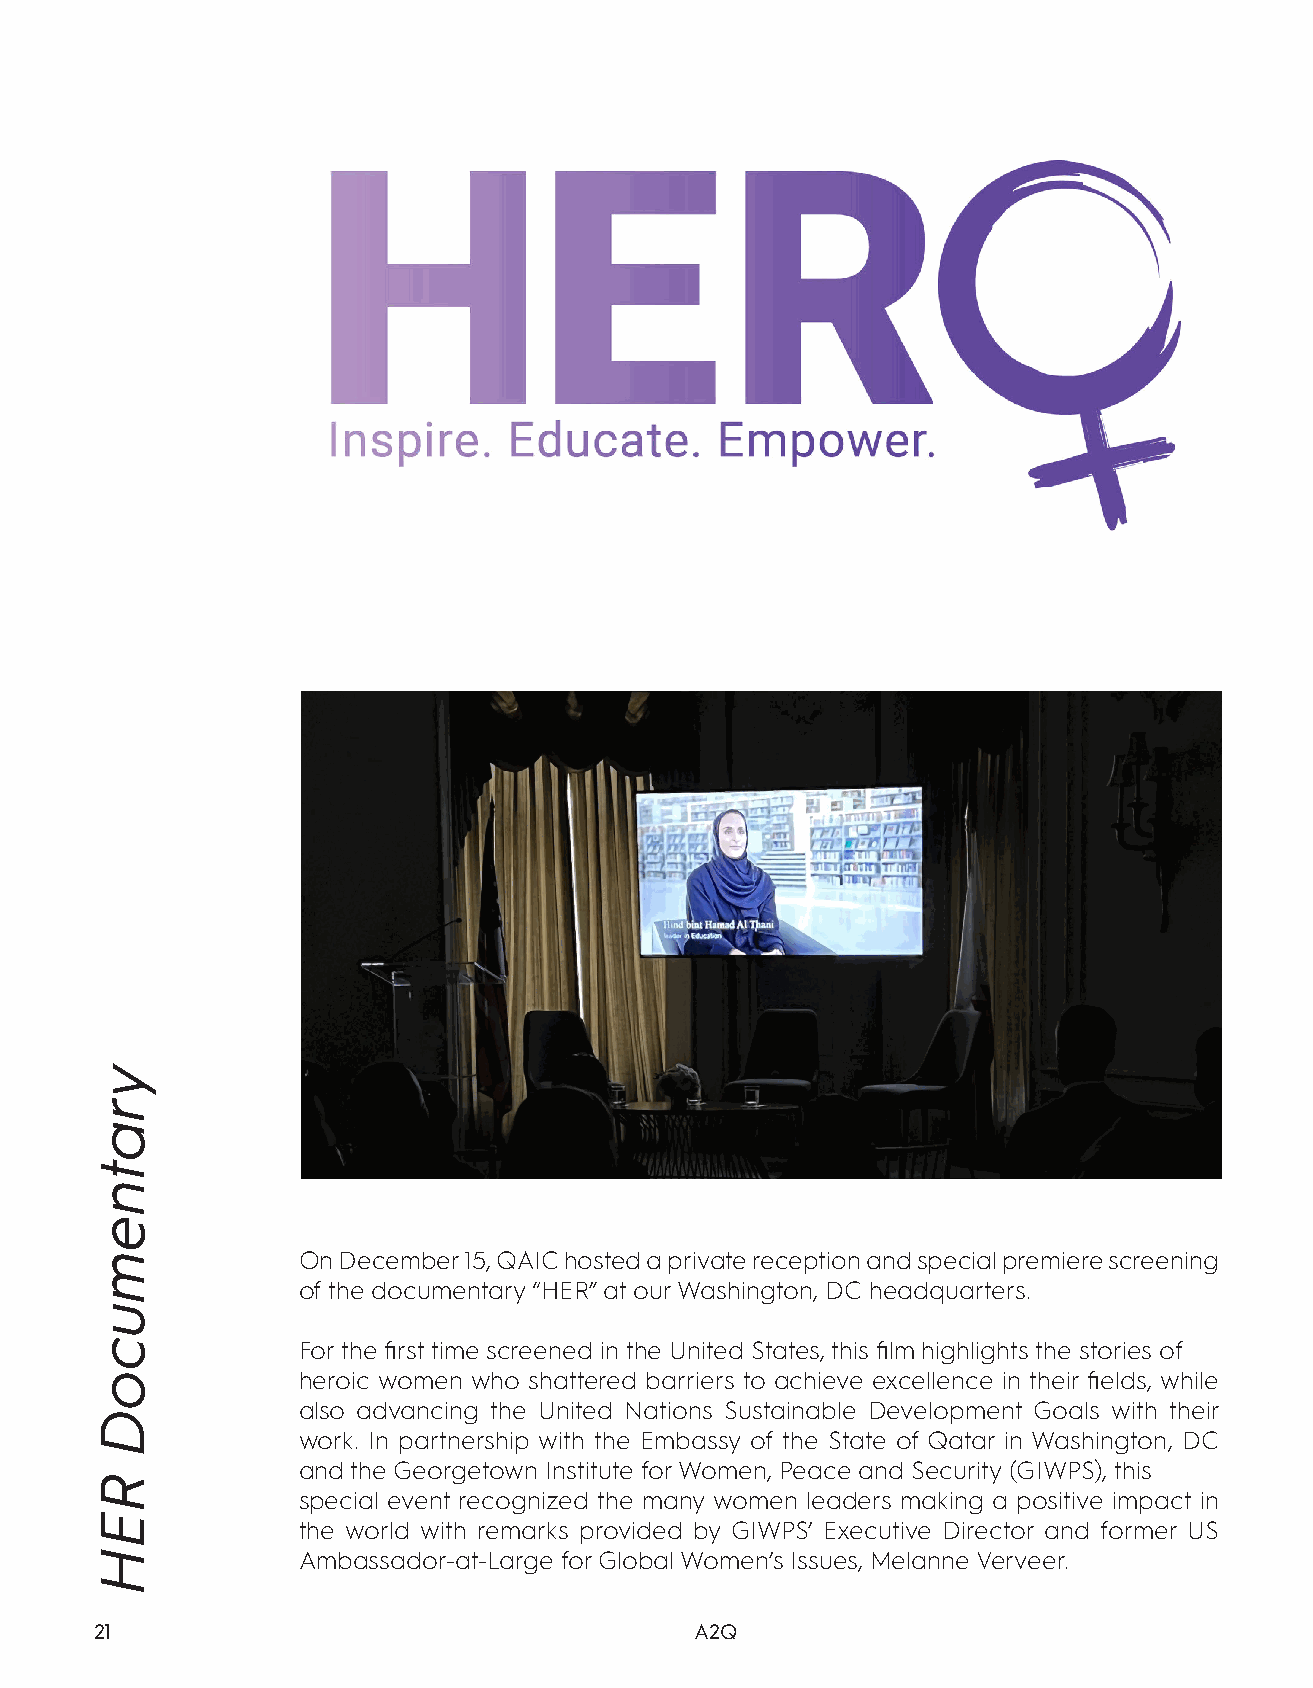
On December 15, QAIC hosted a private reception and special premiere screening
 of the documentary “HER” at our Washington, DC headquarters.
 For the first time screened in the United States, this film highlights the stories of
 heroic women who shattered barriers to achieve excellence in their fields, while
 also advancing the United Nations Sustainable Development Goals with their
 work. In partnership with the Embassy of the State of Qatar in Washington, DC
 and the Georgetown Institute for Women, Peace and Security (GIWPS), this
 special event recognized the many women leaders making a positive impact in
 the world with remarks provided by GIWPS’ Executive Director and former US
 Ambassador-at-Large for Global Women’s Issues, Melanne Verveer.
 21                                      A2Q
 yratnemucoD
 REH